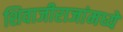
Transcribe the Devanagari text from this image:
शिवाजीराजांमध्ये